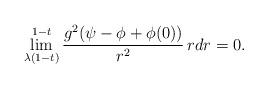
LaTeX: \begin{align*}\lim_{\lambda(1-t)}^{1-t}\frac{g^2(\psi-\phi+\phi(0))}{r^2}\,rdr=0.\end{align*}